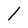
Character: 1